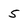
Character: 5